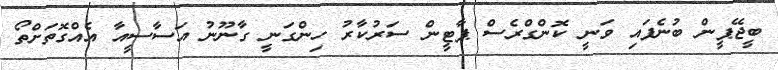
ބީޖޭޕީން ބުނެފައި ވަނީ ކޮންގްރެސް ޕާޓީން ސަރުކާރު ހިންގަނީ ގާނޫނު އަސާސީއާ އެއްގޮތަށްތޯ